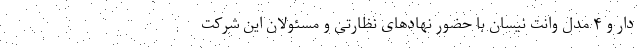
دار و ۴ مدل وانت نیسان با حضور نهادهای نظارتی و مسئولان این شرکت